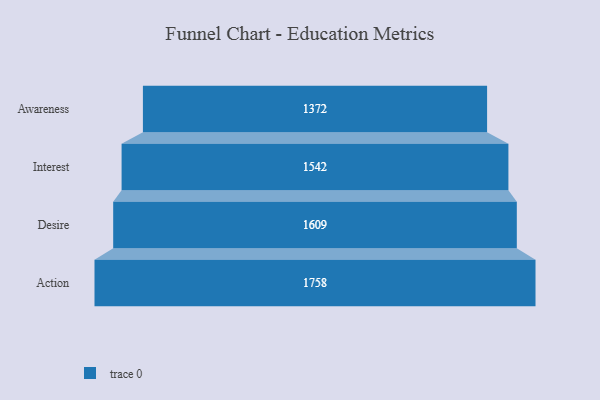
{"axis": {"x": "Stage", "y": "Value"}, "legend": [""], "data": [{"x": "Awareness", "y": 1372.0, "type": ""}, {"x": "Interest", "y": 1542.0, "type": ""}, {"x": "Desire", "y": 1609.0, "type": ""}, {"x": "Action", "y": 1758.0, "type": ""}]}